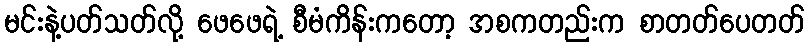
မင်းနဲ့ပတ်သတ်လို့ ဖေဖေရဲ့ စီမံကိန်းကတော့ အစကတည်းက စာတတ်ပေတတ်